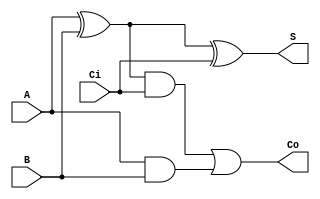
/*
	one-bit full adder
	
	test passed
*/

module full_adder(A, B, Ci, S, Co);
	input A, B, Ci;
	output S, Co;
	
	wire AxB = (A^B);
	
	assign S = AxB^Ci;
	assign Co = (AxB&Ci) | (A&B);
	
endmodule

//////////////////////////////////////////

module full_adder_tb();
	reg [2:0] ABCi;
	wire S, Co;
	
	full_adder DUT (
		.A(ABCi[2]),
		.B(ABCi[1]),
		.Ci(ABCi[0]),
		.S(S),
		.Co(Co)
	);
	
	initial begin
		ABCi = 0;
		repeat (7) begin
			#10
			if ( {Co, S} != ABCi[2] + ABCi[1] + ABCi[0]) begin
				$display("Error %h", ABCi);
			end
			ABCi = ABCi + 1;
		end
		$finish;
	end

endmodule